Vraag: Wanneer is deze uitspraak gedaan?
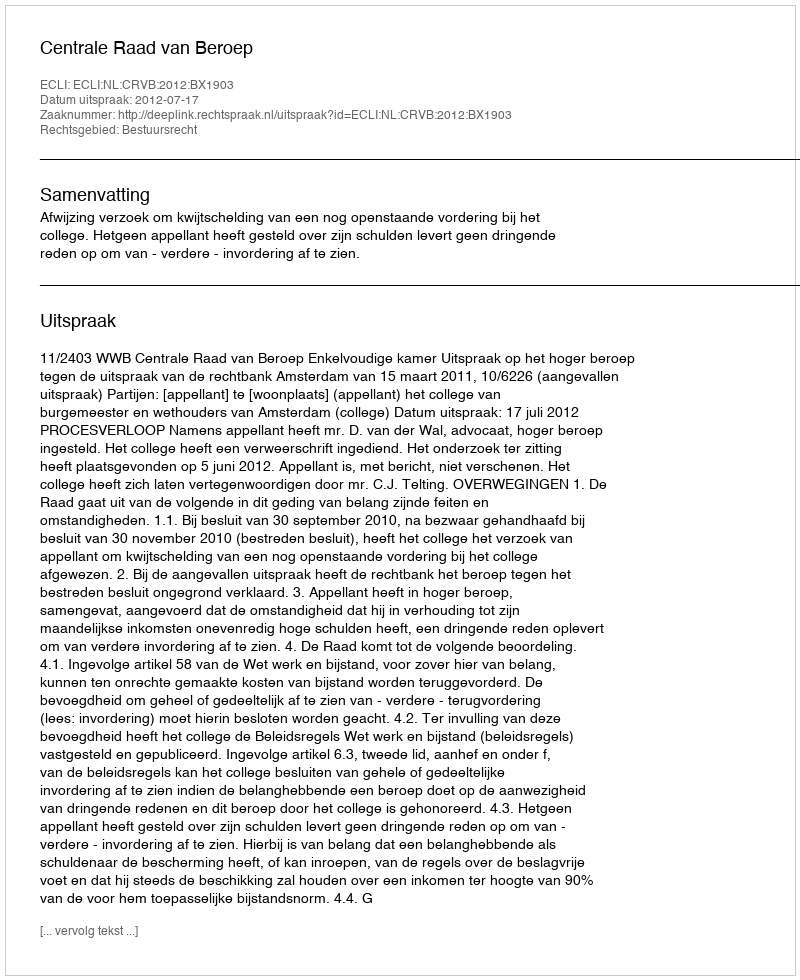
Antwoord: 2012-07-17